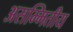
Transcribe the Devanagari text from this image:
असम्मितीय